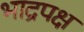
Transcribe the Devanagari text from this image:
भाद्रपक्ष